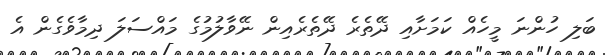
ބަލި ހުންނަ މީހެއް ކަމަށާއި ދޭތެރެ ދޭތެރެއިން ނޭވާލުމުގެ މައްސަލަ ދިމާވެގެން އެ